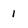
Character: 1